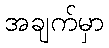
အချက်မှာ